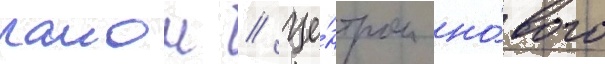
раион // Це́нтром но́вого